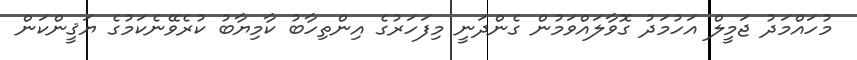
މުހައްމަދު ޖަމީލް އަހުމަދު ގޮވާލައްވަމުން ގެންދަނީ މިފަހަރުގެ އިންތިހާބު ކާމިޔާބު ކުރެވޭނެކަމުގެ ޔަޤީންކަން